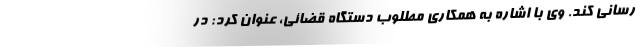
رسانی کند. وی با اشاره به همکاری مطلوب دستگاه قضائی، عنوان کرد: در